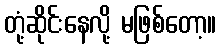
တုံ့ဆိုင်းနေလို့ မဖြစ်တော့။